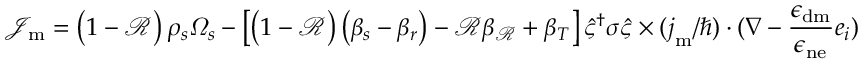
\mathcal { J } _ { \mathrm { m } } = \left( 1 - \mathcal { R } \right) \rho _ { s } \varOmega _ { s } - \left[ \left( 1 - \mathcal { R } \right) \left( \beta _ { s } - \beta _ { r } \right) - \mathcal { R } \beta _ { \mathcal { R } } + \beta _ { T } \right] \hat { \varsigma } ^ { \dagger } \boldsymbol { \sigma } \hat { \varsigma } \times ( { \boldsymbol { j } _ { \mathrm { m } } } / { \hbar } ) \cdot ( \nabla - \frac { \epsilon _ { \mathrm { d m } } } { \epsilon _ { \mathrm { n e } } } \boldsymbol { e } _ { i } )